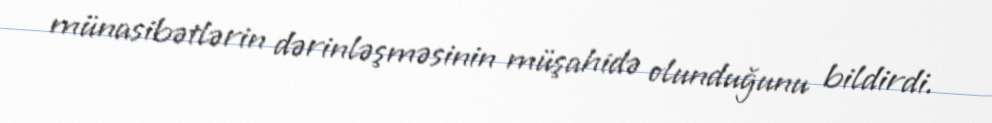
münasibətlərin dərinləşməsinin müşahidə olunduğunu bildirdi.